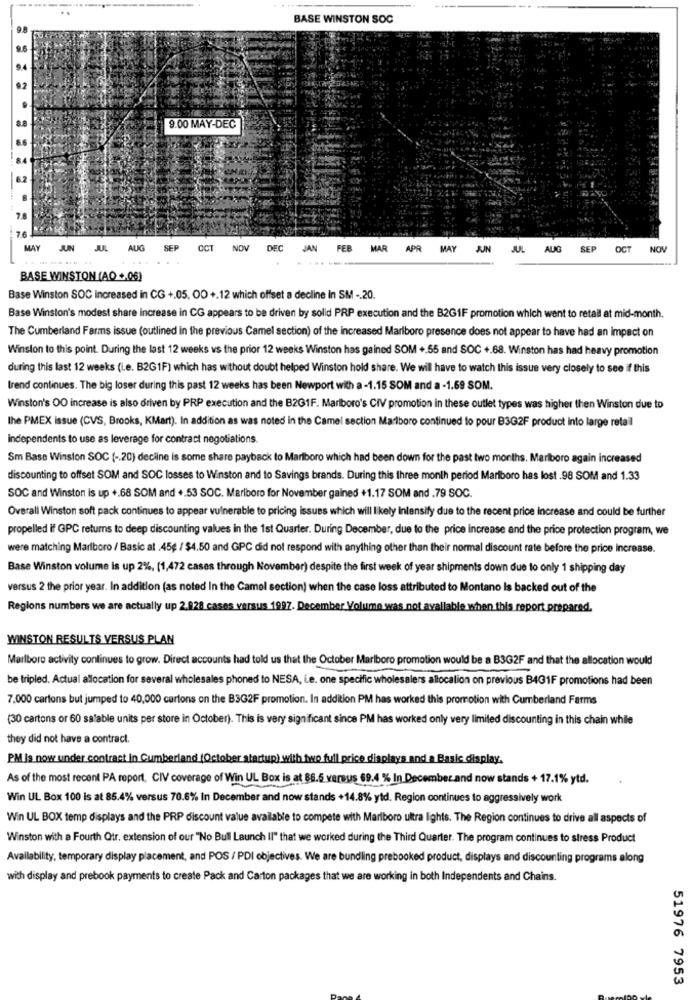
BASE WINSTON SOC
98
9.2
9.00 MAY-DEC
8.6
6.2
7.8
76
MAY
JUN JUL AUG SEP OCT NOV DEC JAN F
FEB MAR APR MAY JUN
JUL
AUG SEP
OCT
NOV
BASE WINSTON (AO +.06)
Base Winston SOC increased in CG +.05, OO +.12 which offset a decline in SM -. 20.
Base Winston's modest share increase in CG appears to be driven by solid PRP execution and the B2G1F promotion which went to retail at mid-month.
The Cumberland Farms issue (outlined in the previous Camel section) of the increased Marlboro presence does not appear to have had an impact on
Winston to this point. During the last 12 weeks vs the prior 12 weeks Winston has gained SOM + 55 and SOC +.68. Winston has had heavy promotion
during this last 12 weeks (i.e. B2G1F) which has without doubt helped Winston hold share. We will have to watch this issue very closely to see if this
trend continues. The big loser during this past 12 weeks has been Newport with a -1.15 SOM and a -1.69 SOM.
Winston's OO increase is also driven by PRP execution and the B2G1F. Marlboro's CIV promotion in these outlet types was higher then Winston due to
the PMEX issue (CVS, Brooks, KMart). In addition as was noted in the Camel section Marlboro continued to pour B3G2F product Into large retail
independents to use as leverage for contract negotiations.
Sm Base Winston SOC ( -. 20) decline is some share payback to Marlboro which had been down for the past two months. Marlboro again increased
discounting to offset SOM and SOC losses to Winston and to Savings brands. During this three month period Marlboro has lost .98 SOM and 1.33
SOC and Winston is up +,68 SOM and +.53 SOC. Marlboro for November gained +1.17 SOM and .79 SOC.
Overall Winston soft pack continues to appear vulnerable to pricing issues which will likely intensify due to the recent price increase and could be further
propelled if GPC returns to deep discounting values in the 1st Quarter. During December, due to the price increase and the price protection program, we
were matching Marlboro / Basic at .45g / $4.50 and GPC did not respond with anything other than their normal discount rate before the price increase.
Base Winston volume Is up 2%, (1,472 cases through November) despite the first week of year shipments down due to only 1 shipping day
versus 2 the prior year. In addition (as noted In the Camel section) when the case loss attributed to Montano Is backed out of the
Regions numbers we are actually up 2.928 cases versus 1997. December Volume was not available when this report prepared.
WINSTON RESULTS VERSUS PLAN
Marlboro activity continues to grow. Direct accounts had told us that the October Marlboro promotion would be a B3G2F and that the allocation would
be tripled. Actual allocation for several wholesales phoned to NESA, L.e. one specific wholesalers allocation on previous B4G1F promotions had been
7.000 cartons but jumped to 40,000 cartons on the B3G2F promotion. In addition PM has worked this promotion with Cumberland Farms
(30 cartons or 60 salable units per store in October). This is very significant since PM has worked only very limited discounting in this chain while
they did not have a contract.
PM Is now under contract in Cumberland (October startup) with two full price displays and a Basic display.
As of the most recent PA report. CIV coverage of Win UL Box is at 86.5 versus 69.4 % In December and now stands + 17.1% ytd.
Win UL Box 100 is at 85.4% versus 70.6% In December and now stands +14.8% ytd. Region continues to aggressively work
Win UL BOX temp displays and the PRP discount value available to compete with Marlboro ultra lights. The Region continues to drive all aspects of
Winston with a Fourth Qtr. extension of our "No Bull Launch Il" that we worked during the Third Quarter. The program continues to stress Product
Availability, temporary display placement, and POS / PDI objectives. We are bundling prebooked product, displays and discounting programs along
with display and prebook payments to create Pack and Carton packages that we are working in both Independents and Chains.
51976 7953